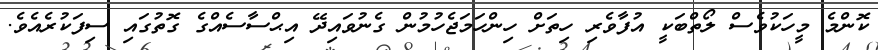
ކޮންމެ މީހަކުވެސް ލޯތްބަކީ އުފާވެރި ހިތަށް ހިންހަމަޖެހުމުން ގެނުވައިދޭ އިޙްސާސެއްގެ ގޮތުގައި ސިފަކުރެއެވެ.